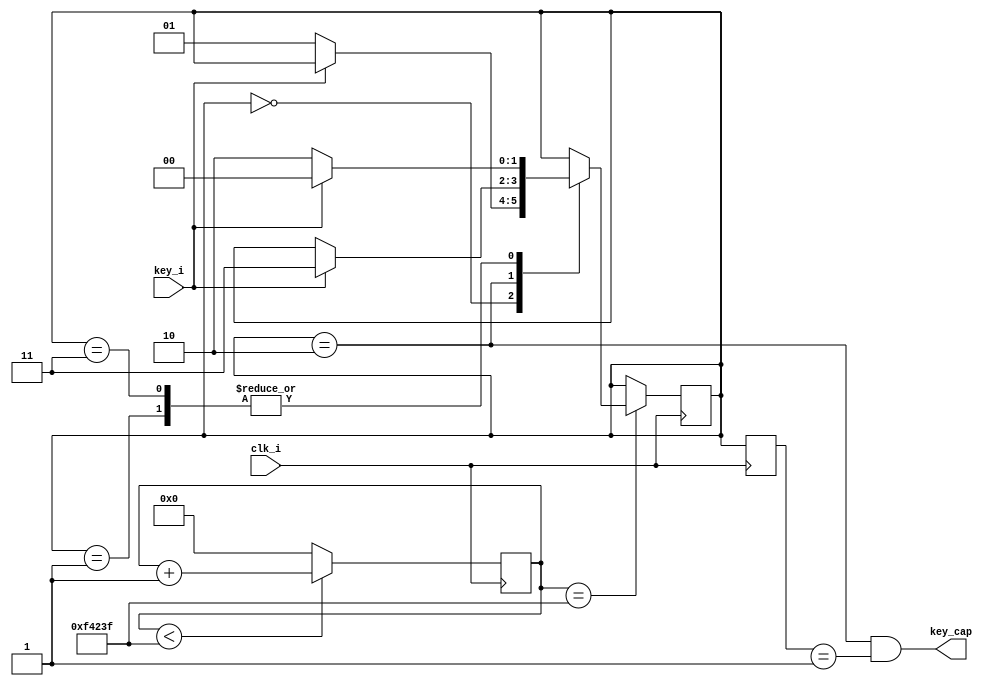
`timescale 1ns / 1ps

module key0 #
(
    parameter CLK_FREQ = 100000000 
)
(
    input clk_i,
    input key_i,
    output key_cap
);
//10ms
parameter CNT_10MS = (CLK_FREQ/100 - 1'b1);
parameter KEY_S0 = 2'd0;
parameter KEY_S1 = 2'd1;
parameter KEY_S2 = 2'd2;
parameter KEY_S3 = 2'd3;

reg [24:0] cnt10ms = 25'd0;
reg [1:0] key_s = 2'b0;
reg [1:0] key_s_r = 2'b0;
wire en_10ms ;
 
assign en_10ms = (cnt10ms == CNT_10MS);
assign key_cap = (key_s==KEY_S2)&&(key_s_r==KEY_S1);

always @(posedge clk_i)begin
    if(cnt10ms < CNT_10MS) 
        cnt10ms <= cnt10ms + 1'b1;
    else 
        cnt10ms <= 25'd0;
end

always @(posedge clk_i)begin
    key_s_r <= key_s;
end

always @(posedge clk_i)begin
    if(en_10ms)begin
        case(key_s)
        KEY_S0:begin
           if(!key_i)
               key_s <= KEY_S1; 
        end  
        KEY_S1:begin
           if(!key_i)
               key_s <= KEY_S2; 
            else 
               key_s <= KEY_S0; 
        end 
        KEY_S2:begin
           if(key_i)
               key_s <= KEY_S3; 
        end  
        KEY_S3:begin
           if(key_i)
              key_s <= KEY_S0;
            else   
              key_s <= KEY_S2; 
        end
        endcase                  
    end
end

endmodule